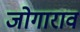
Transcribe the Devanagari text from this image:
जोगाराव